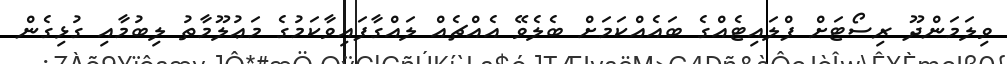
ވިލަމަންދޫ ރިސޯޓަށް ފްލައިޓެއްގެ ބައެއްކަމަށް ބެލެވޭ އެއްޗެއް ލައްގާފައިވާކަމުގެ މަޢުލޫމާތު ލިބުމާއި ގުޅިގެން